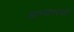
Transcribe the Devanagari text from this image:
आभ्यंतरंगों